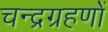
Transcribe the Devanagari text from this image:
चन्द्रग्रहणों